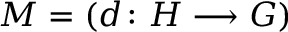
M = ( d \colon H \longrightarrow G )